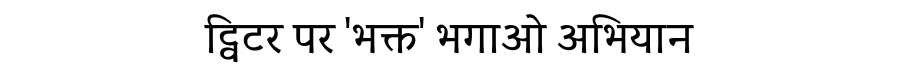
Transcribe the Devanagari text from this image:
ट्विटर पर 'भक्त' भगाओ अभियान